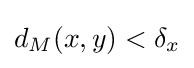
d_{M}(x,y)<\delta _{x}